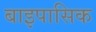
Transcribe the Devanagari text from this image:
बाइपासिक